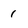
Character: 1